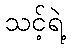
သင့်ရဲ့